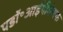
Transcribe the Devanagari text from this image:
पडॉ॰आईपीकेएफ